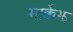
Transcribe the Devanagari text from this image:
मार्क्वेझ